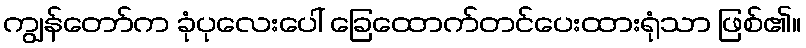
ကျွန်တော်က ခုံပုလေးပေါ် ခြေထောက်တင်ပေးထားရုံသာ ဖြစ်၏။